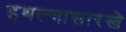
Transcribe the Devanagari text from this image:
इथल्यासारखे